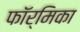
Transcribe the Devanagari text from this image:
फॉर्मिका